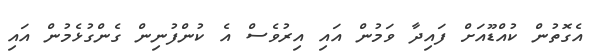
އެގޮތުން ކުއްޑޫއަށް ފައިދާ ވަމުން އައި އިރުވެސް އެ ކުންފުނިން ގެންގުޅެމުން އައި